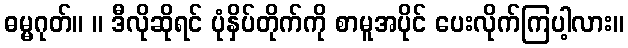
ဓမ္မဂုတ်။ ။ ဒီလိုဆိုရင် ပုံနှိပ်တိုက်ကို စာမူအပိုင် ပေးလိုက်ကြပါ့လား။